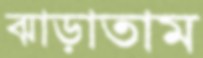
ঝাড়াতাম